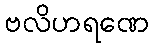
ဗလိဟရဏေ